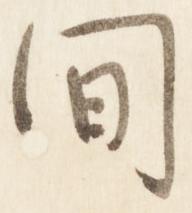
間